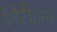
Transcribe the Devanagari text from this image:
निरीक्षन